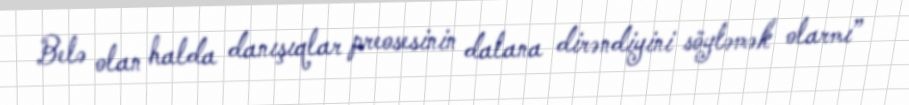
Belə olan halda danışıqlar preosesinin dalana dirəndiyini söyləmək olarmı”